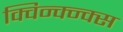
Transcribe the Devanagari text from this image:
क्विन्क्न्क्स